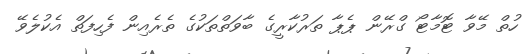
ހުތް މޭވާ ޓޮމާޓޯ ގްރޭން ޕެޕާ ތަރުކާރީގެ ބާވަތްތަކުގެ ތެރެއިން ފެހިފަތް އެކުލެވޭ